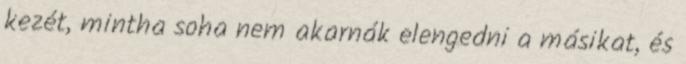
kezét, mintha soha nem akarnák elengedni a másikat, és